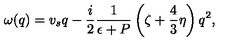
\omega ( q ) = v _ { s } q - \frac i 2 \frac 1 { \epsilon + P } \left( \zeta + \frac 4 3 \eta \right) q ^ { 2 } ,